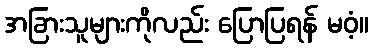
အခြားသူများကိုလည်း ပြောပြရန် မဝံ့။